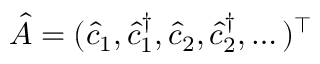
\hat { A } = ( \hat { c } _ { 1 } , \hat { c } _ { 1 } ^ { \dagger } , \hat { c } _ { 2 } , \hat { c } _ { 2 } ^ { \dagger } , \dots ) ^ { \top }